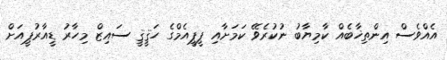
އެއްވެސް އިންތިޚާބެއް ކާމިޔާބު ނުކުރެވޭ ކަމަށާއި ޕީޕީއެމްގެ ހަޤީޤީ ސައިޒް މިހާރު ޑީއާރުޕީއަށް